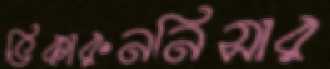
ভিকারুননিসার